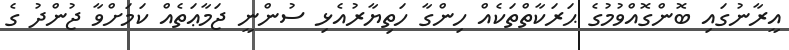
އީރާނުގައި ބޮންގޮއްވުމުގެ ޙަރަކާތްތަކެއް ހިންގާ ހަތިޔާރުއެޅި ސުންނީ ޖަމާޢަތެއް ކަމަށްވާ ޖުންދު ގެ